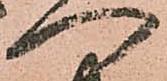
へ